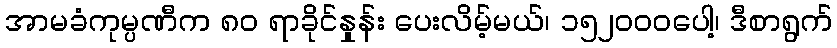
အာမခံကုမ္ပဏီက ၈၀ ရာခိုင်နှုန်း ပေးလိမ့်မယ်၊ ၁၅၂၀၀၀ပေါ့၊ ဒီစာရွက်